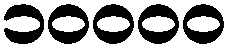
၁၀၀၀၀